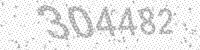
Solution: 304482